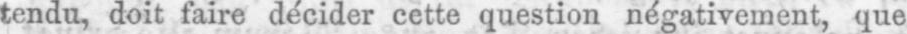
tendu, doit faire décider cette question négativement, que